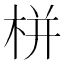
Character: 栟